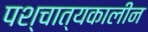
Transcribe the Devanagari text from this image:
पश्चात्यकालीन